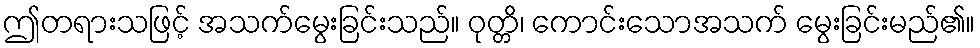
ဤတရားသဖြင့် အသက်မွေးခြင်းသည်။ ဝုတ္တိ၊ ကောင်းသောအသက် မွေးခြင်းမည်၏။